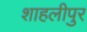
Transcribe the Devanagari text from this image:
शाहलीपुर